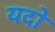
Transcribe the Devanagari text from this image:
यदो